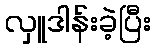
လှူဒါန်းခဲ့ပြီး